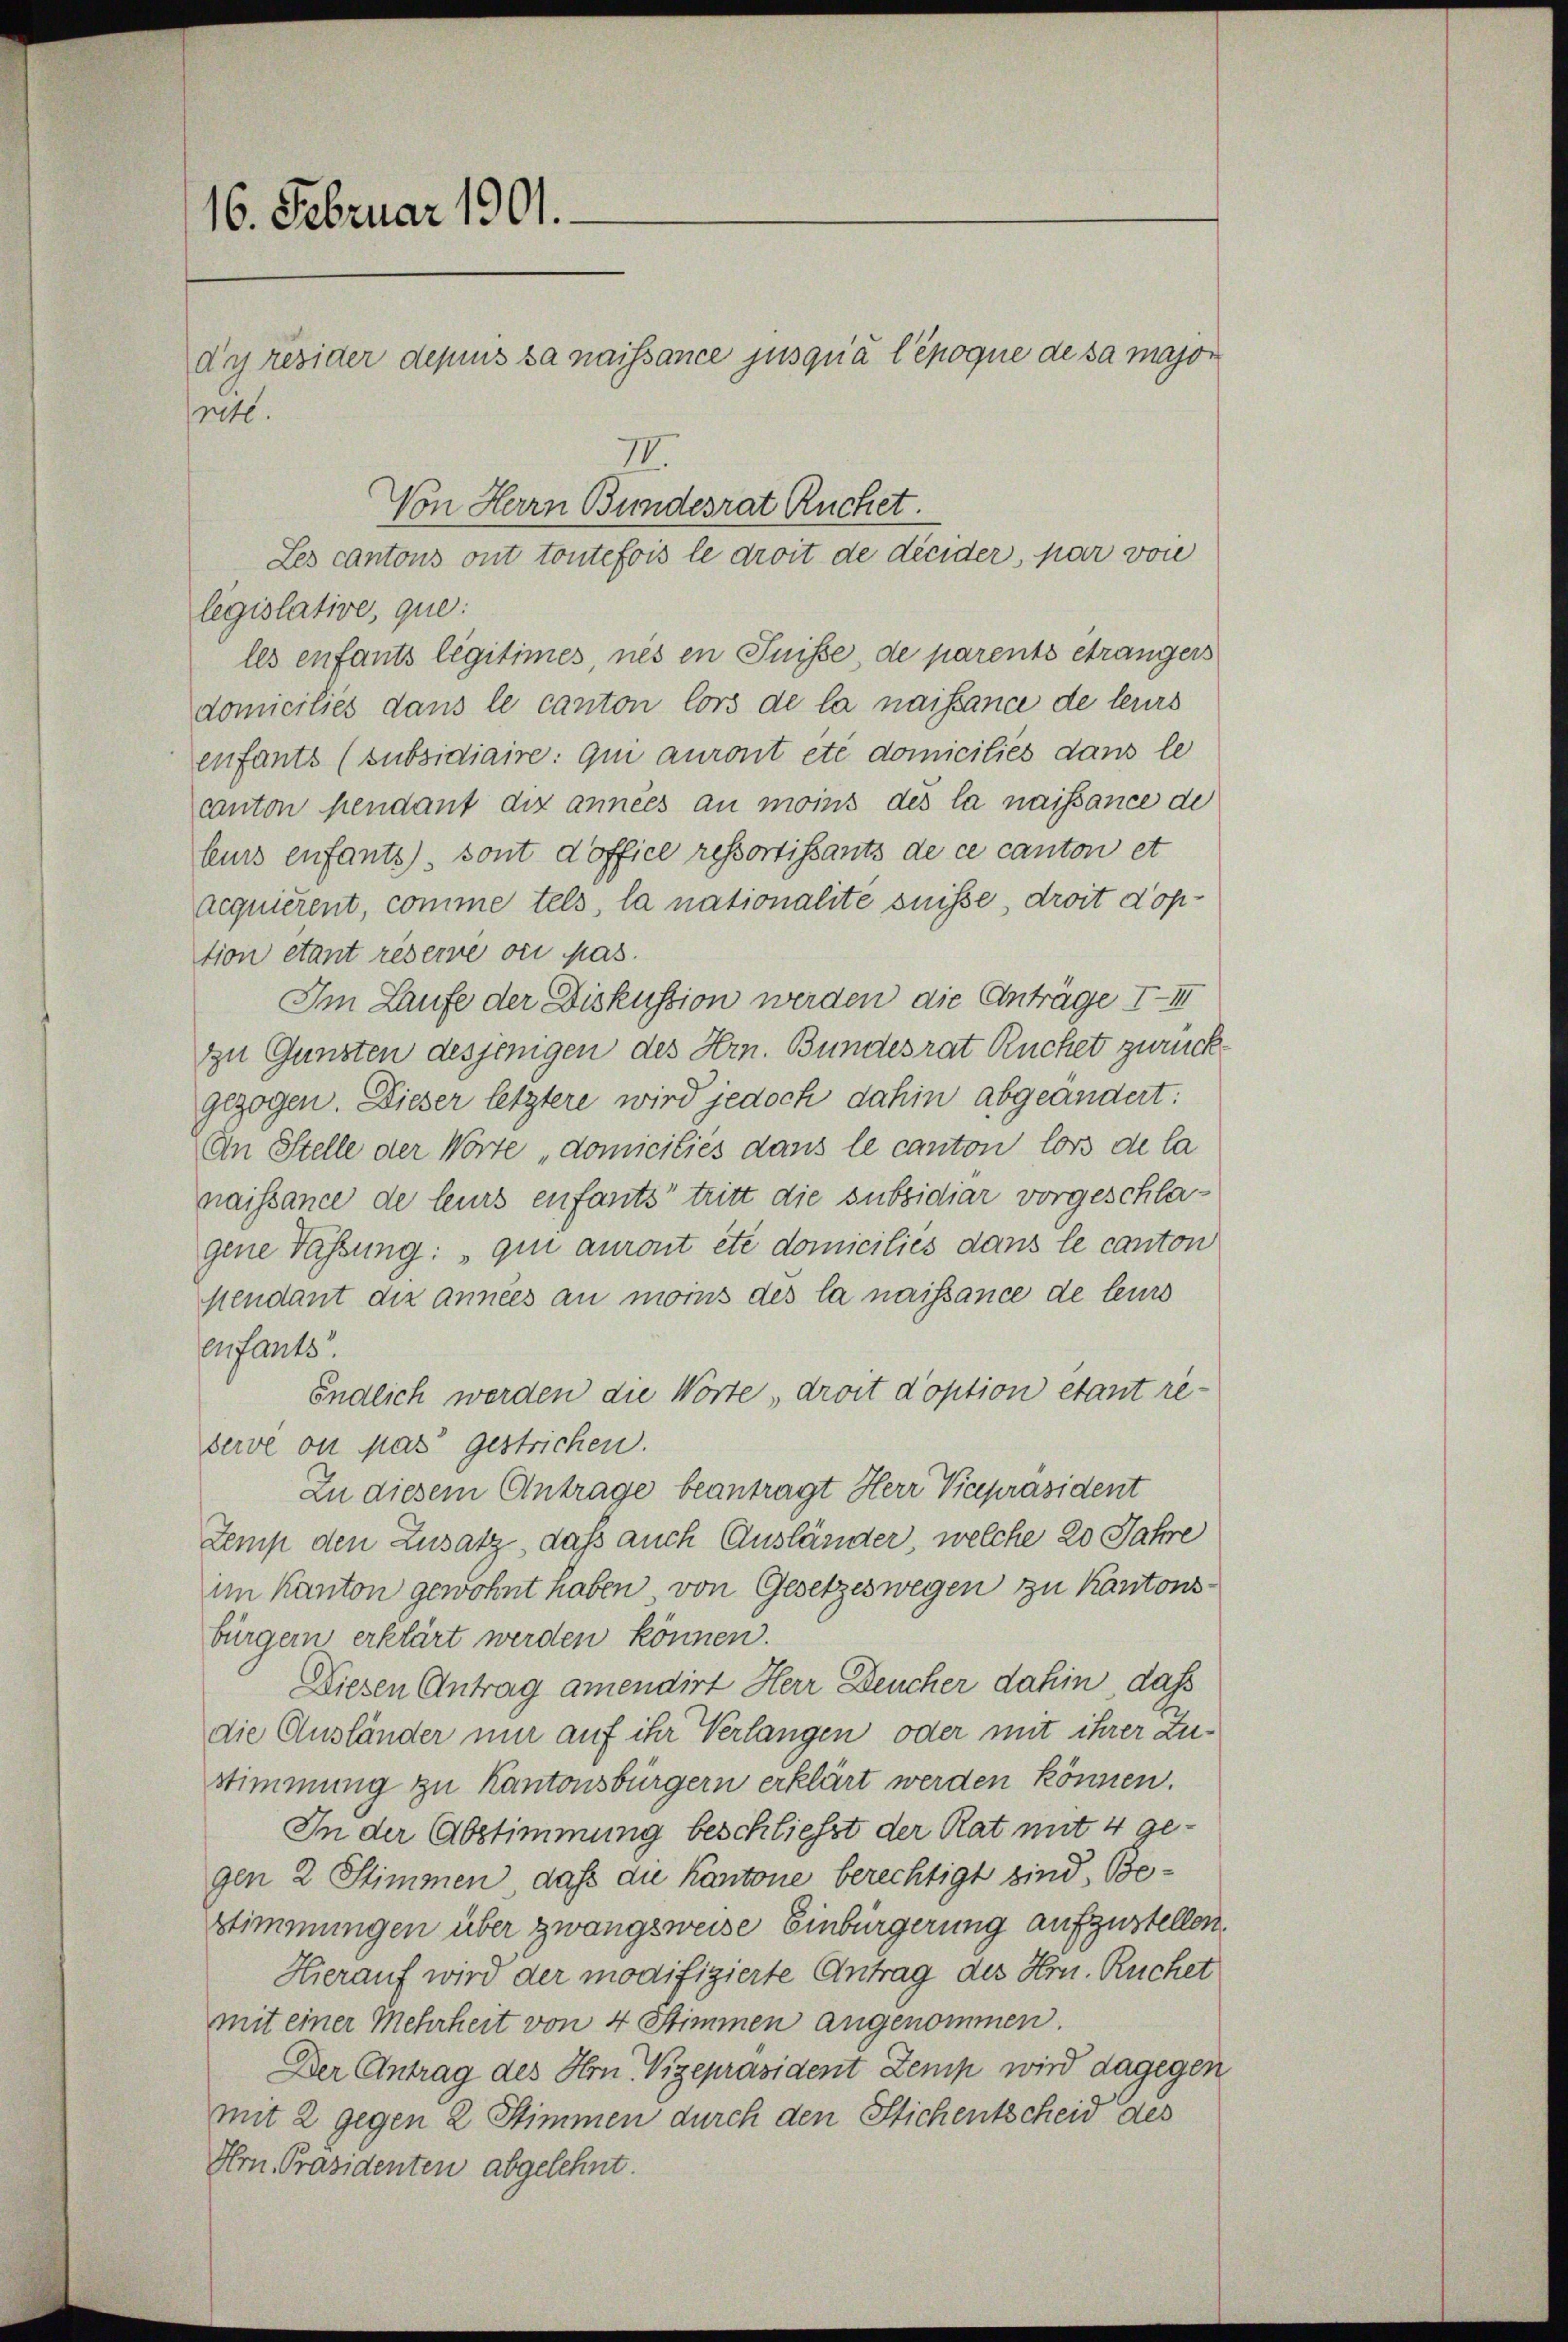
16. Februar 1901.
dy resider depius sa naissance jusqu’à l’époque de sa major
rstl.

II.
Von Herrn Bundesrat Ruchet.
Les cantons ont toutefois le droit de décider, par von

legislative, que:
les enfants légitimes nés en Suisse, de parents etrangers
domiciliés dans le canton lors de la naissance de leurs
enfants (subsidiaire: qui auront etc domiciliés dans le
canton pendant dix années an monis des la naissance de
leurs enfants, sont d’office ressortissants de ce canton et
acquierent, comme tels, la nationalite suisse, droit d’option etant réserve ou pas.
Im Laufe der Diskussion werden die Anträge III
zu Gunsten desjenigen des Hrn. Bundesrat Ruchet zurück
gezogen. Dieser letztere wird jedoch dahin abgeändert:
An Stelle der Worte „domiciliés dans le canton lors de la
naissance de leurs enfants tritt die subsidiar vorgeschla-
gene Fassung: „qui auront etc domiciliés dans le canton
Hendant dix années au moins des la naissance de leurs
enfants.
Endlich werden die Worte, droit doption étant re-
derve ou pas gestricken.
In diesem Antrage beantragt Herr Vicepräsident
Zemp den Zusatz, daß auch Ausländer, welche 20 Jahre
im Kanton gewohnt haben von Gesetzeswegen zu Kantons
bürgern erklärt werden können.
Diesen Antrag amendirt Herr Deucher dahin, daß
die Ausländer nur auf ihr Verlangen oder mit ihrer Zustimmung zu Kantonsbürgern erklärt werden können.
In der Abstimmung beschliesst der Rat mit 4 gegen 2 Stimmen, daß die Kantone berechtigt sind, Be¬
Stimmungen über zwangsweise Einbürgerung aufzustellen.
Hierauf wird der modifizierte Antrag des Hrn. Ruchet
mit einer Mehrheit von 4 Stimmen angenommen.
Der Antrag des Hrn. Vizepräsident Zemp wird dagegen
mit 2 gegen 2 Stimmen durch den Stichentscheid des
Hrn. Präsidenten abgelehnt.